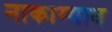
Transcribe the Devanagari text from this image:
नाकाम्याब